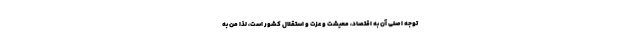
توجه اصلی آن به اقتصاد، معیشت و عزت و استقلال کشور است، لذا من به